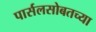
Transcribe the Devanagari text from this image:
पार्सलसोबतच्या